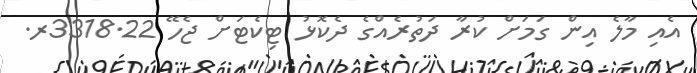
އެއި މާލެ އިން ގަމަށް ކުރާ ދަތުރެއްގެ ދެކޮޅު ޓިކެޓަށް ޖެހޭ 3318.22ރ.